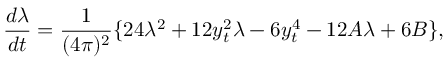
\frac { d \lambda } { d t } = \frac { 1 } { ( 4 \pi ) ^ { 2 } } \{ 2 4 \lambda ^ { 2 } + 1 2 y _ { t } ^ { 2 } \lambda - 6 y _ { t } ^ { 4 } - 1 2 A \lambda + 6 B \} ,